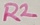
Text: R2